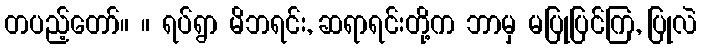
တပည့်တော်။ ။ ရပ်ရွာ မိဘရင်း, ဆရာရင်းတို့က ဘာမှ မပြုပြင်ကြ, ပြုလဲ